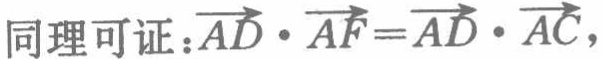
同理可证：\(\overrightarrow{AD} \cdot \overrightarrow{AF}=\overrightarrow{AD} \cdot \overrightarrow{AC}\)，